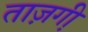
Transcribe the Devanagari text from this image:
ताज़गी़